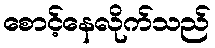
စောင့်နေလိုက်သည်